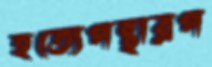
হত্যেপন্থারপ